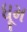
ધૂમ